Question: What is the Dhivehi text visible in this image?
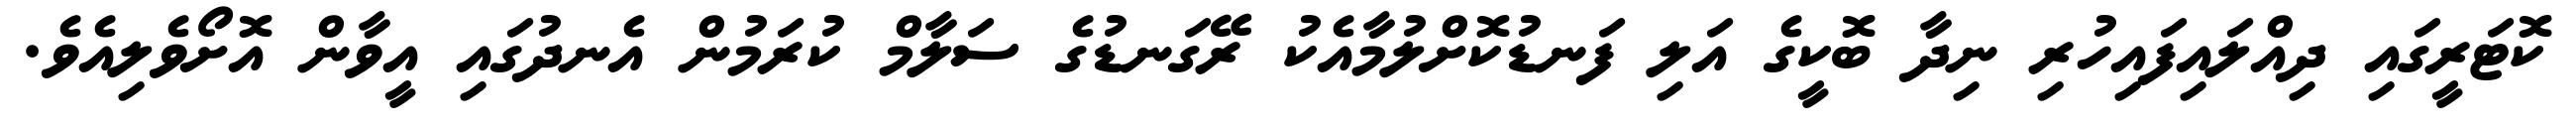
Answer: ކޮޓަރީގައި ދިއްލައިފައިހުރި ނިދާ ބޮކީގެ އަލި ފަނޑުކޮށްލުމާއެކު ރޭގަނޑުގެ ސަލާމް ކުރަމުން އެނދުގައި އީވާން އޮށޯވެލިއެވެ.